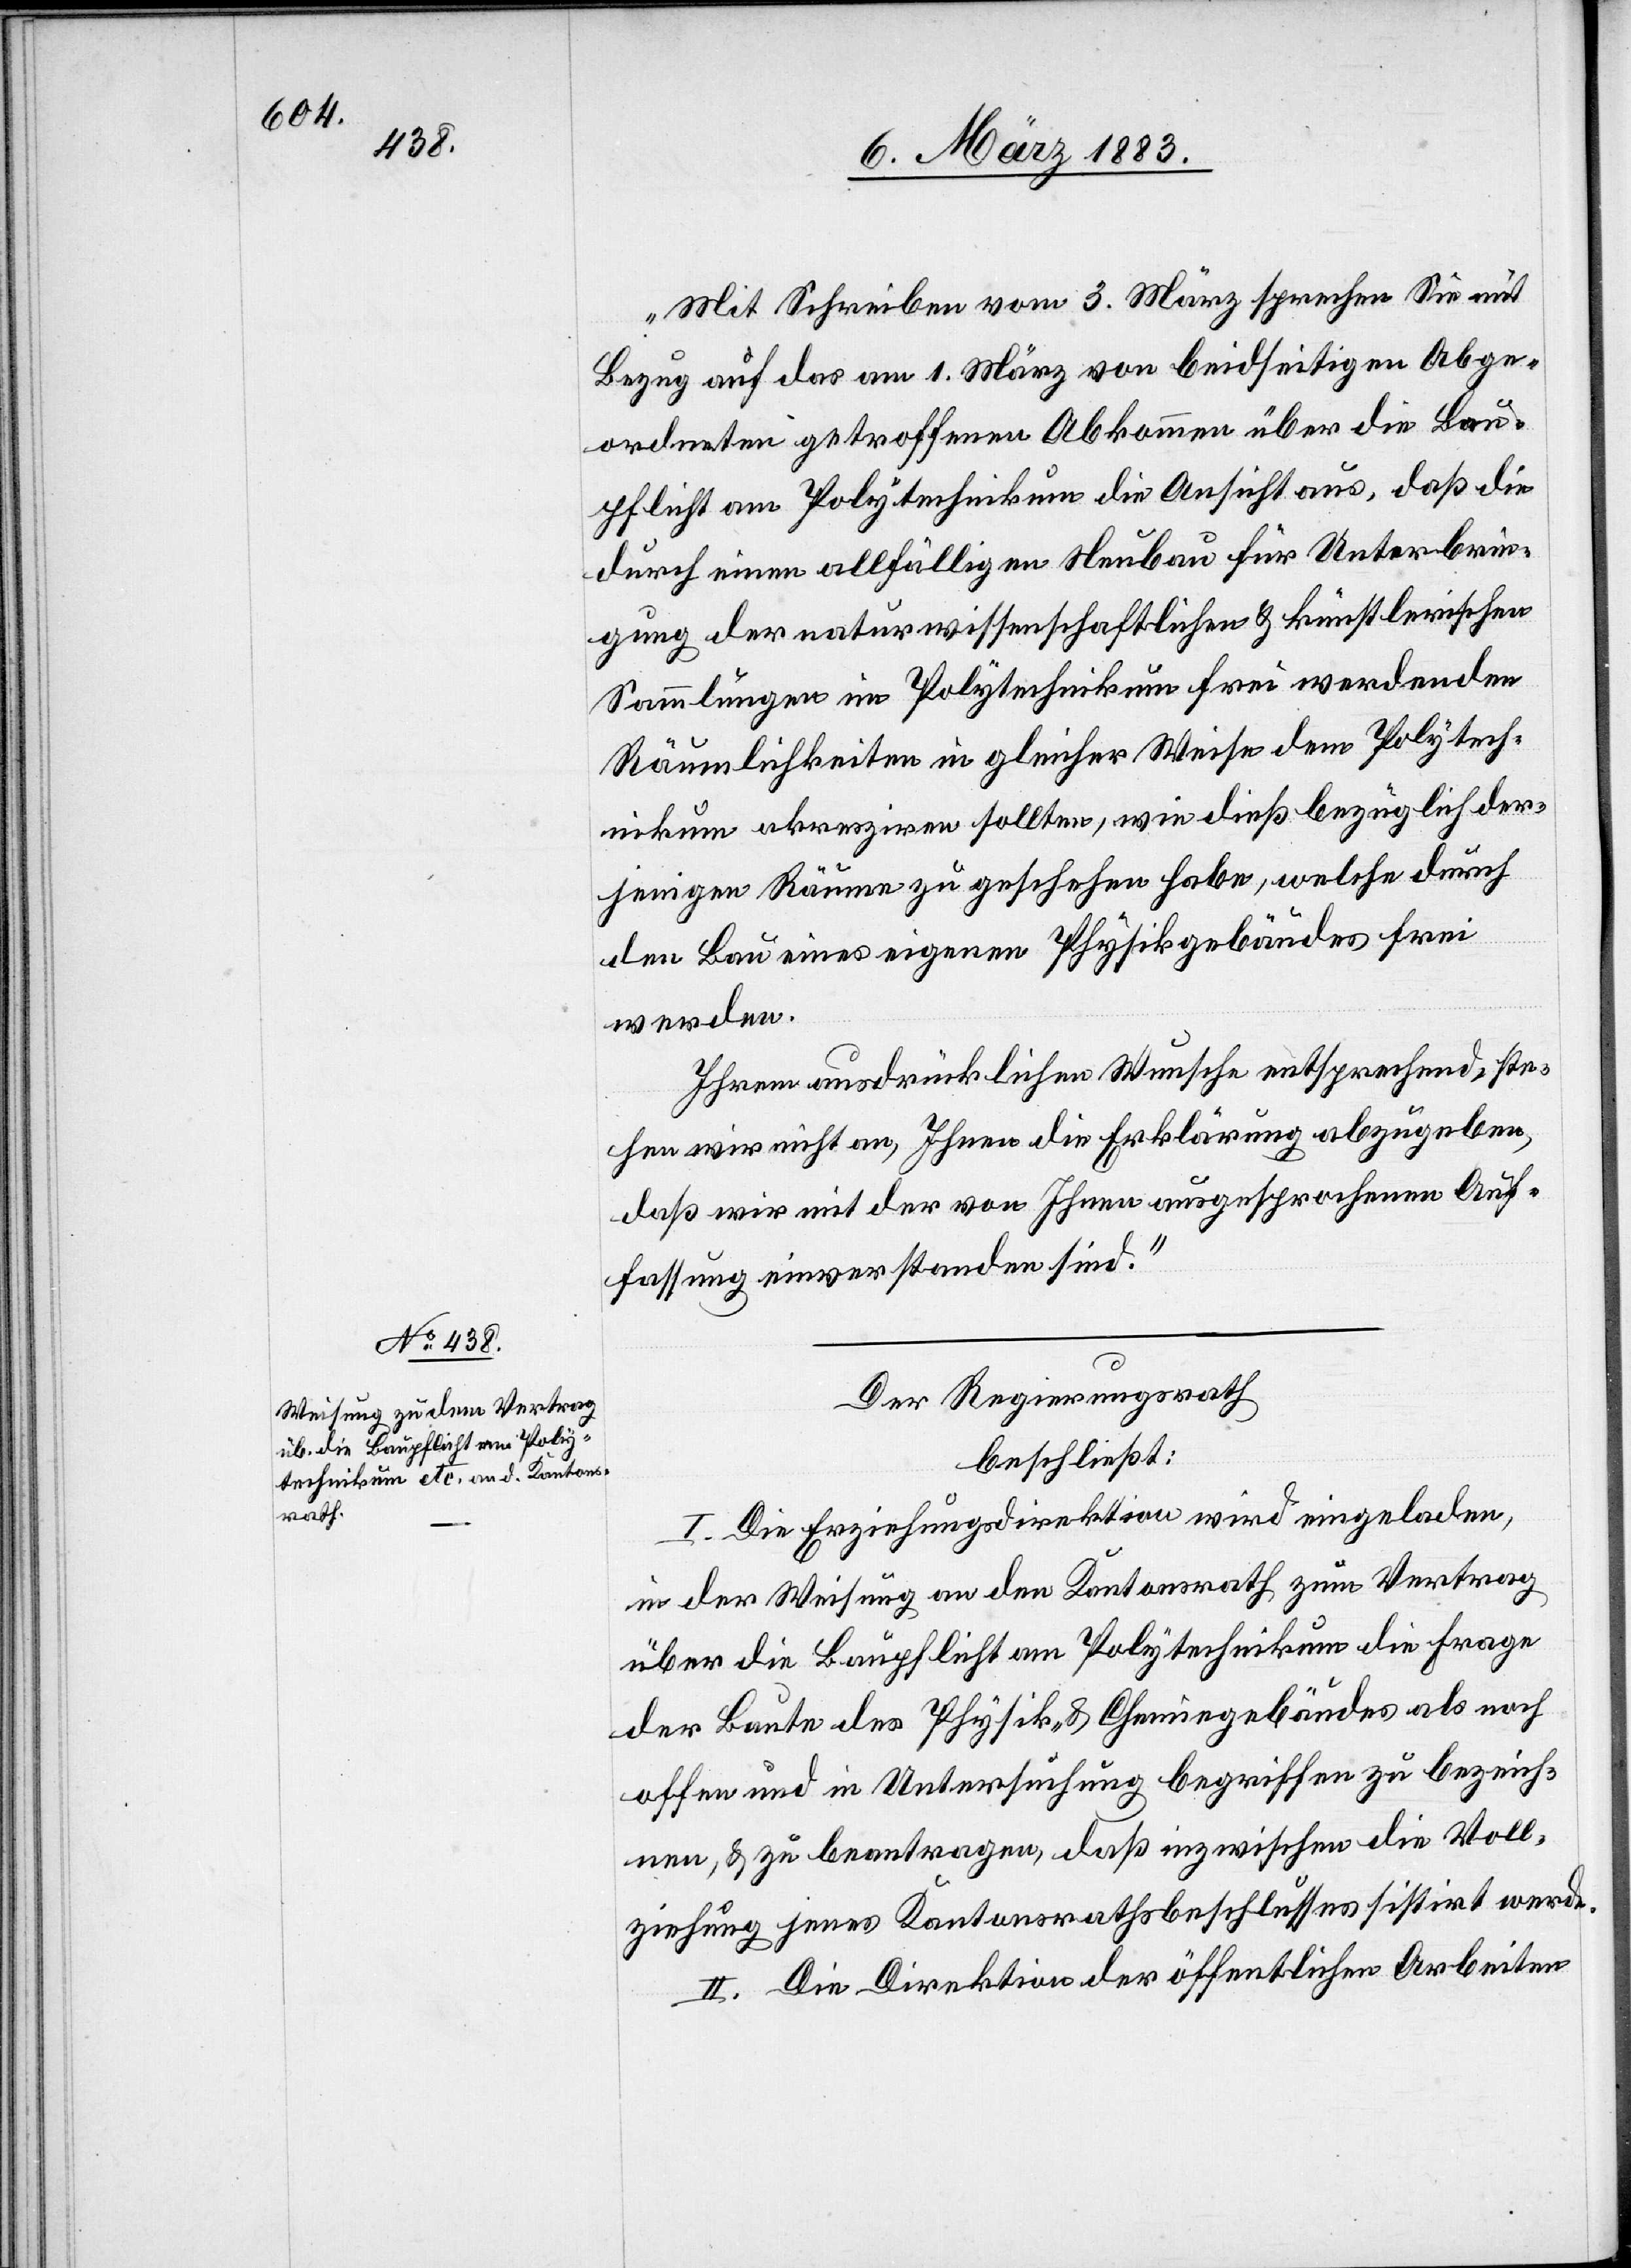
„Mit Schreiben vom 3. März sprechen Sie mit
Bezug auf das am 1. März von beidseitigen Abge¬
ordneten getroffene Abkommen über die Bau¬
pflicht am Polytechnikum die Ansicht aus, daß die
durch einen allfälligen Neubau für Unterbrin¬
gung der naturwissenschaftlichen & künstlerischen
Sammlungen im Polytechnikum frei werdenden
Räumlichkeiten in gleicher Weise dem Polytech¬
nikum akresziren [sic!] sollten, wie dieß bezüglich der¬
jenigen Räume zu geschehen habe, welche durch
den Bau eines eigenen Physikgebäudes frei
werden.
Ihrem ausdrücklichen Wunsche entsprechend, ste¬
hen wir nicht an, Ihnen die Erklärung abzugeben,
daß wir mit der von Ihnen ausgesprochenen Auf¬
fassung einverstanden sind.“
Der Regierungsrath
beschließt:
I. Die Erziehungsdirektion wird eingeladen,
in der Weisung an den Kantonsrath zum Vertrag
über die Baupflicht am Polytechnikum die Frage
der Baute des Physik- & Chemiegebäudes als noch
offen und in Untersuchung begriffen zu bezeich¬
nen, & zu beantragen, daß inzwischen die Voll¬
ziehung jenes Kantonsrathsbeschlusses sistirt werde.
II. Die Direktion der öffentlichen Arbeiten